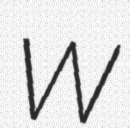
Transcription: W